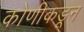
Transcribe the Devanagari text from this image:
कोणीकडून